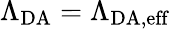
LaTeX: \Lambda_{\mathrm{DA}}=\Lambda_{\mathrm{DA,eff}}